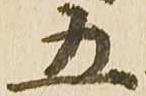
五